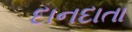
દાનદાતા